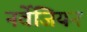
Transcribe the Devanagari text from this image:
नर्वेजियन